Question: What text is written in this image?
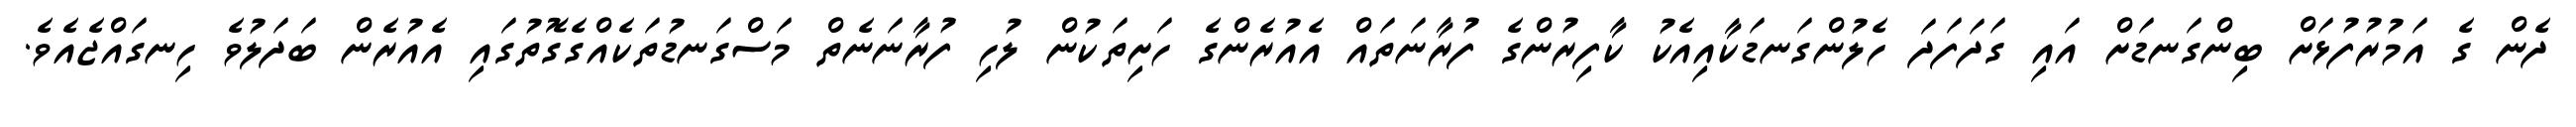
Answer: ދެން ގެ އަމުރުފުޅަށް ބިންގަނޑަށް އައި ގަދަފަދަ ހެލުންގަނޑަކާއިއެކު ކާފިރުންގެ ފުރާނަތައް އެއުރެންގެ ހަށިތަކުން ލުހި ފުރާނަނެތް މަސްގަނޑުތަކެއްގެގޮތުގައި އެއުރެން ބަދަލުވެ ހިނގައްޖެއެވެ.